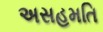
અસહમતિ